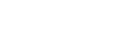
မရှိသေးသလို